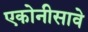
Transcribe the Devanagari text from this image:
एकोनीसावे